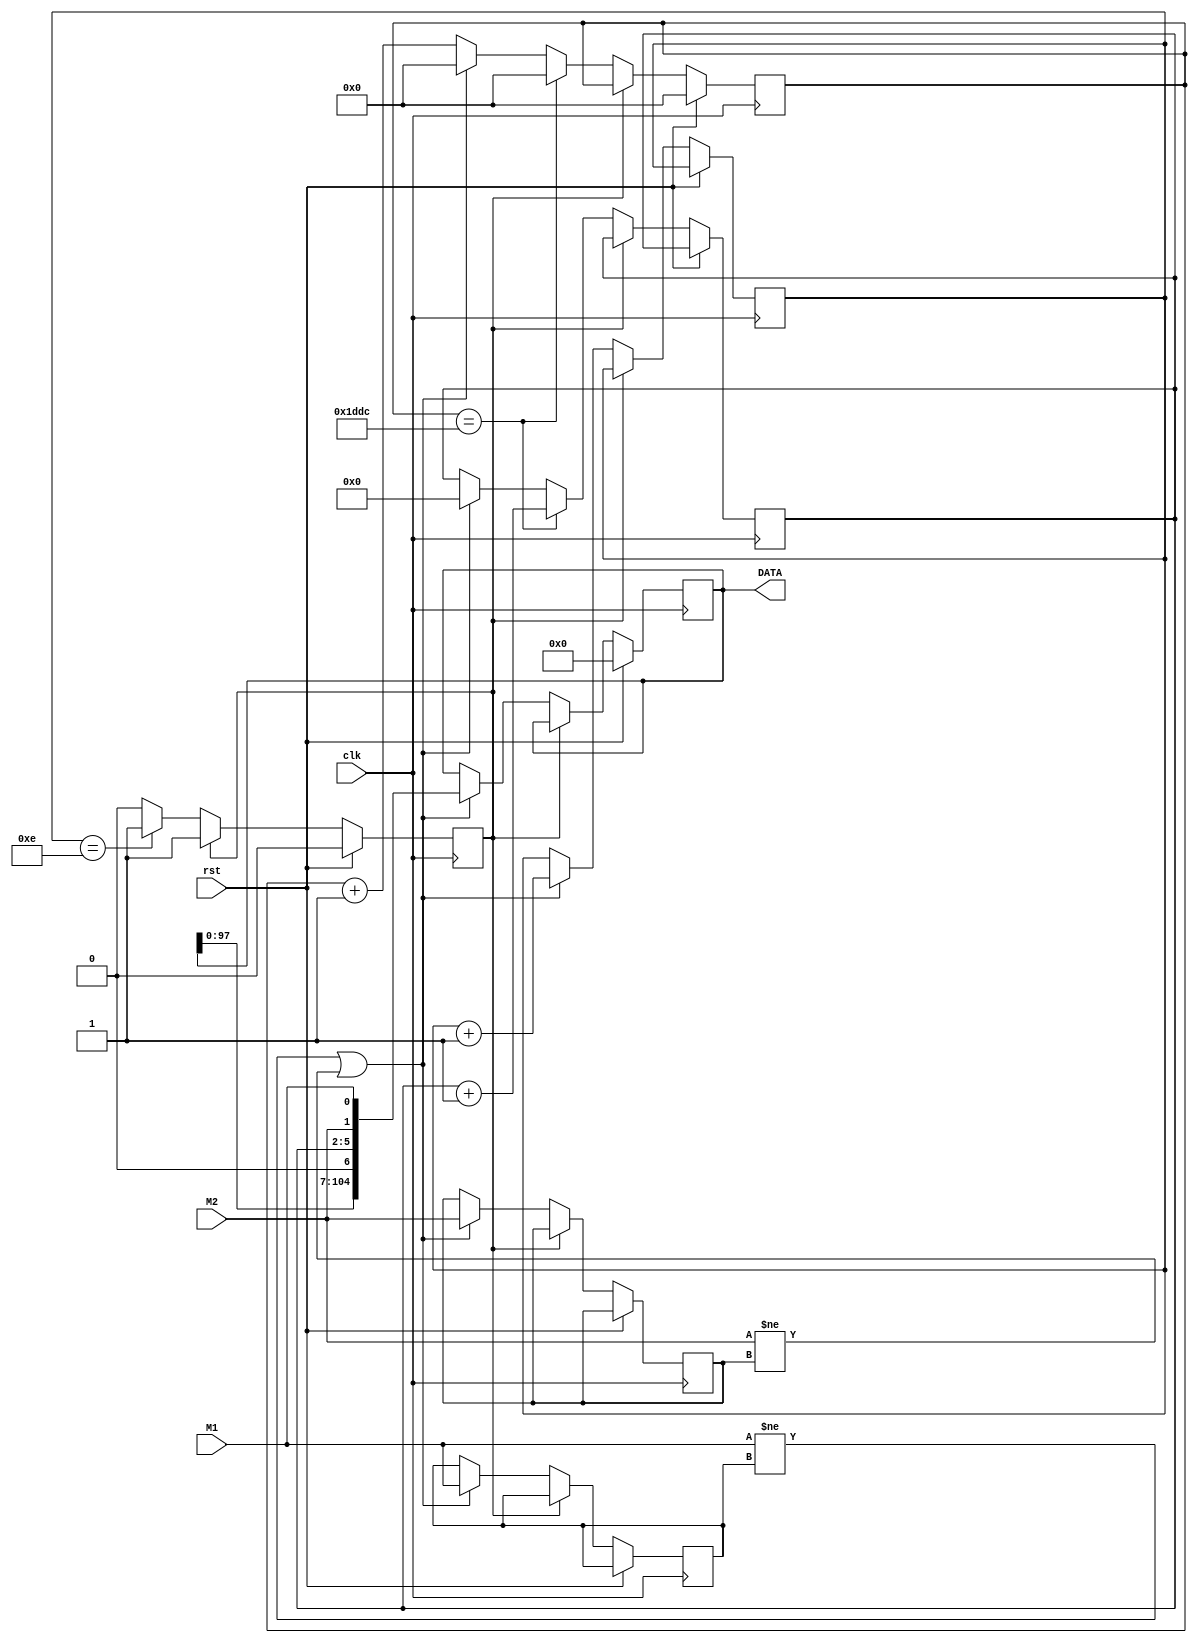

`timescale 1ns/1ns

module PathSaver(M1, M2, clk,rst, DATA);
parameter n = 7644;
parameter ter = 14;
input M1, M2, clk, rst;
output reg [104:0] DATA;
reg M1prev, M2prev;
reg stop;
reg[32:0] counterclk;
reg[3:0] CLOCK;
reg[6:0] Position;
reg[4:0] STATE;
always@(posedge clk) begin
    if(rst)begin
        DATA <= 105'b0;
        stop <= 1'b0;
        counterclk <= 32'b0;
        Position<= 7'b0;
    end
    else begin
        if(~stop) begin
            if(M1 != M1prev ||M2 != M2prev) begin
                 M1prev <= M1;
                 M2prev <= M2;
                 DATA <= {DATA[97:0],1'b0,CLOCK,M2,M1};
                 counterclk <=4'b0; 
                 CLOCK <=4'b0;
                 STATE <= STATE + 5'd1;
                end
                else counterclk <= counterclk +1'b1;
                
                if(counterclk == n) begin
                counterclk <=1'b0;
                CLOCK <= CLOCK + 1'b1;
                end
                
                if(STATE == ter)
                    stop <= 1'b1;
            end
        end
    end
endmodule